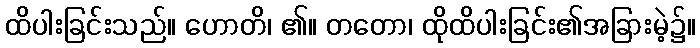
ထိပါးခြင်းသည်။ ဟောတိ၊ ၏။ တတော၊ ထိုထိပါးခြင်း၏အခြားမဲ့၌။